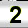
Digit: 2